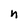
Character: n